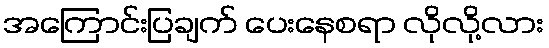
အကြောင်းပြချက် ပေးနေစရာ လိုလို့လား